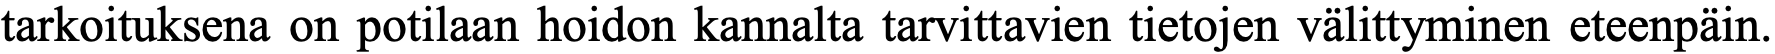
tarkoituksena on potilaan hoidon kannalta tarvittavien tietojen välittyminen eteenpäin.